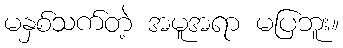
မနှစ်သက်တဲ့ အမူအရာ မပြဘူး။